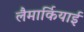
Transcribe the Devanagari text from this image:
लैमार्कियाई